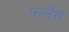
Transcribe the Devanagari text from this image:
फलँग